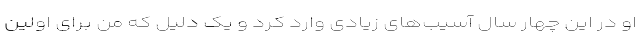
او در این چهار سال آسیب‌های زیادی وارد کرد و یک دلیل که من برای اولین